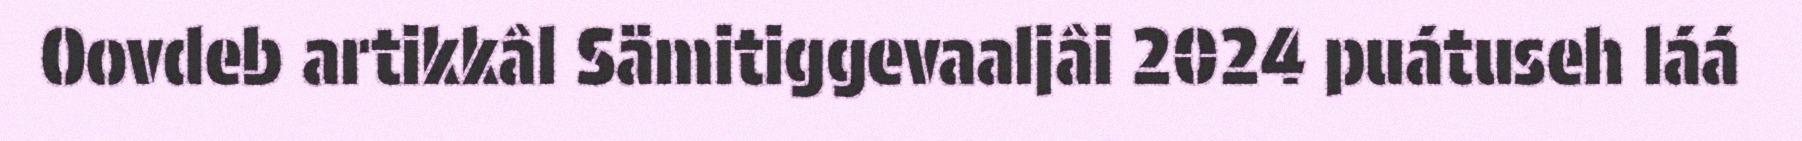
Oovdeb artikkâl Sämitiggevaaljâi 2024 puátuseh láá